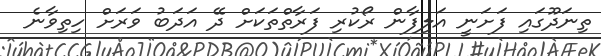
ތިނަދޫގައި ފަށަނީ އަލިފާން ރޯކުރި ފަރާތްތަކަށް ދޭ އަދަބު ވަރަށް ހިތިވާނެ